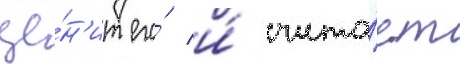
це́н'ит его́ и́ счита́ет